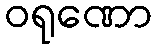
ဝရုဏော